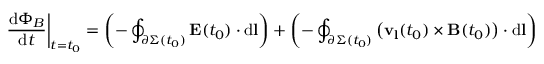
\left. { \frac { \mathrm { d } \Phi _ { B } } { \mathrm { d } t } } \right| _ { t = t _ { 0 } } = \left( - \oint _ { \partial \Sigma ( t _ { 0 } ) } \mathbf { E } ( t _ { 0 } ) \cdot \mathrm { d } \mathbf { l } \right) + \left( - \oint _ { \partial \Sigma ( t _ { 0 } ) } { \bigl ( } \mathbf { v } _ { \mathbf { l } } ( t _ { 0 } ) \times \mathbf { B } ( t _ { 0 } ) { \bigr ) } \cdot \mathrm { d } \mathbf { l } \right)